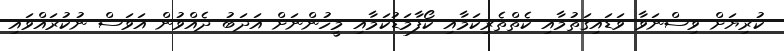
ކުރިޔަށް ވިސްނަވާ ވަޑައިގަތުމާއި ކެތްތެރިކަމާއި ކޯފާމަޑުކަމާއި މީހުންނަށް އަދަބު ދެއްވުން އަވަސް ނުކުރައްވައި